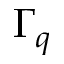
\Gamma _ { q }